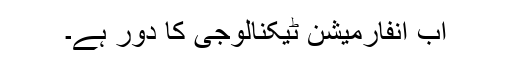
اب انفارمیشن ٹیکنالوجی کا دَور ہے۔